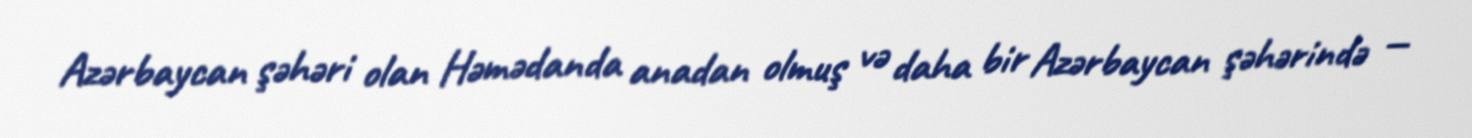
Azərbaycan şəhəri olan Həmədanda anadan olmuş və daha bir Azərbaycan şəhərində —